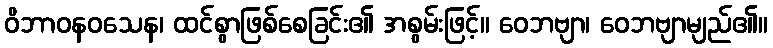
ဝိဘာဝနဝသေန၊ ထင်စွာဖြစ်စေခြင်း၏ အစွမ်းဖြင့်။ ဝေဘဗျာ၊ ဝေဘဗျာမျည်၏။